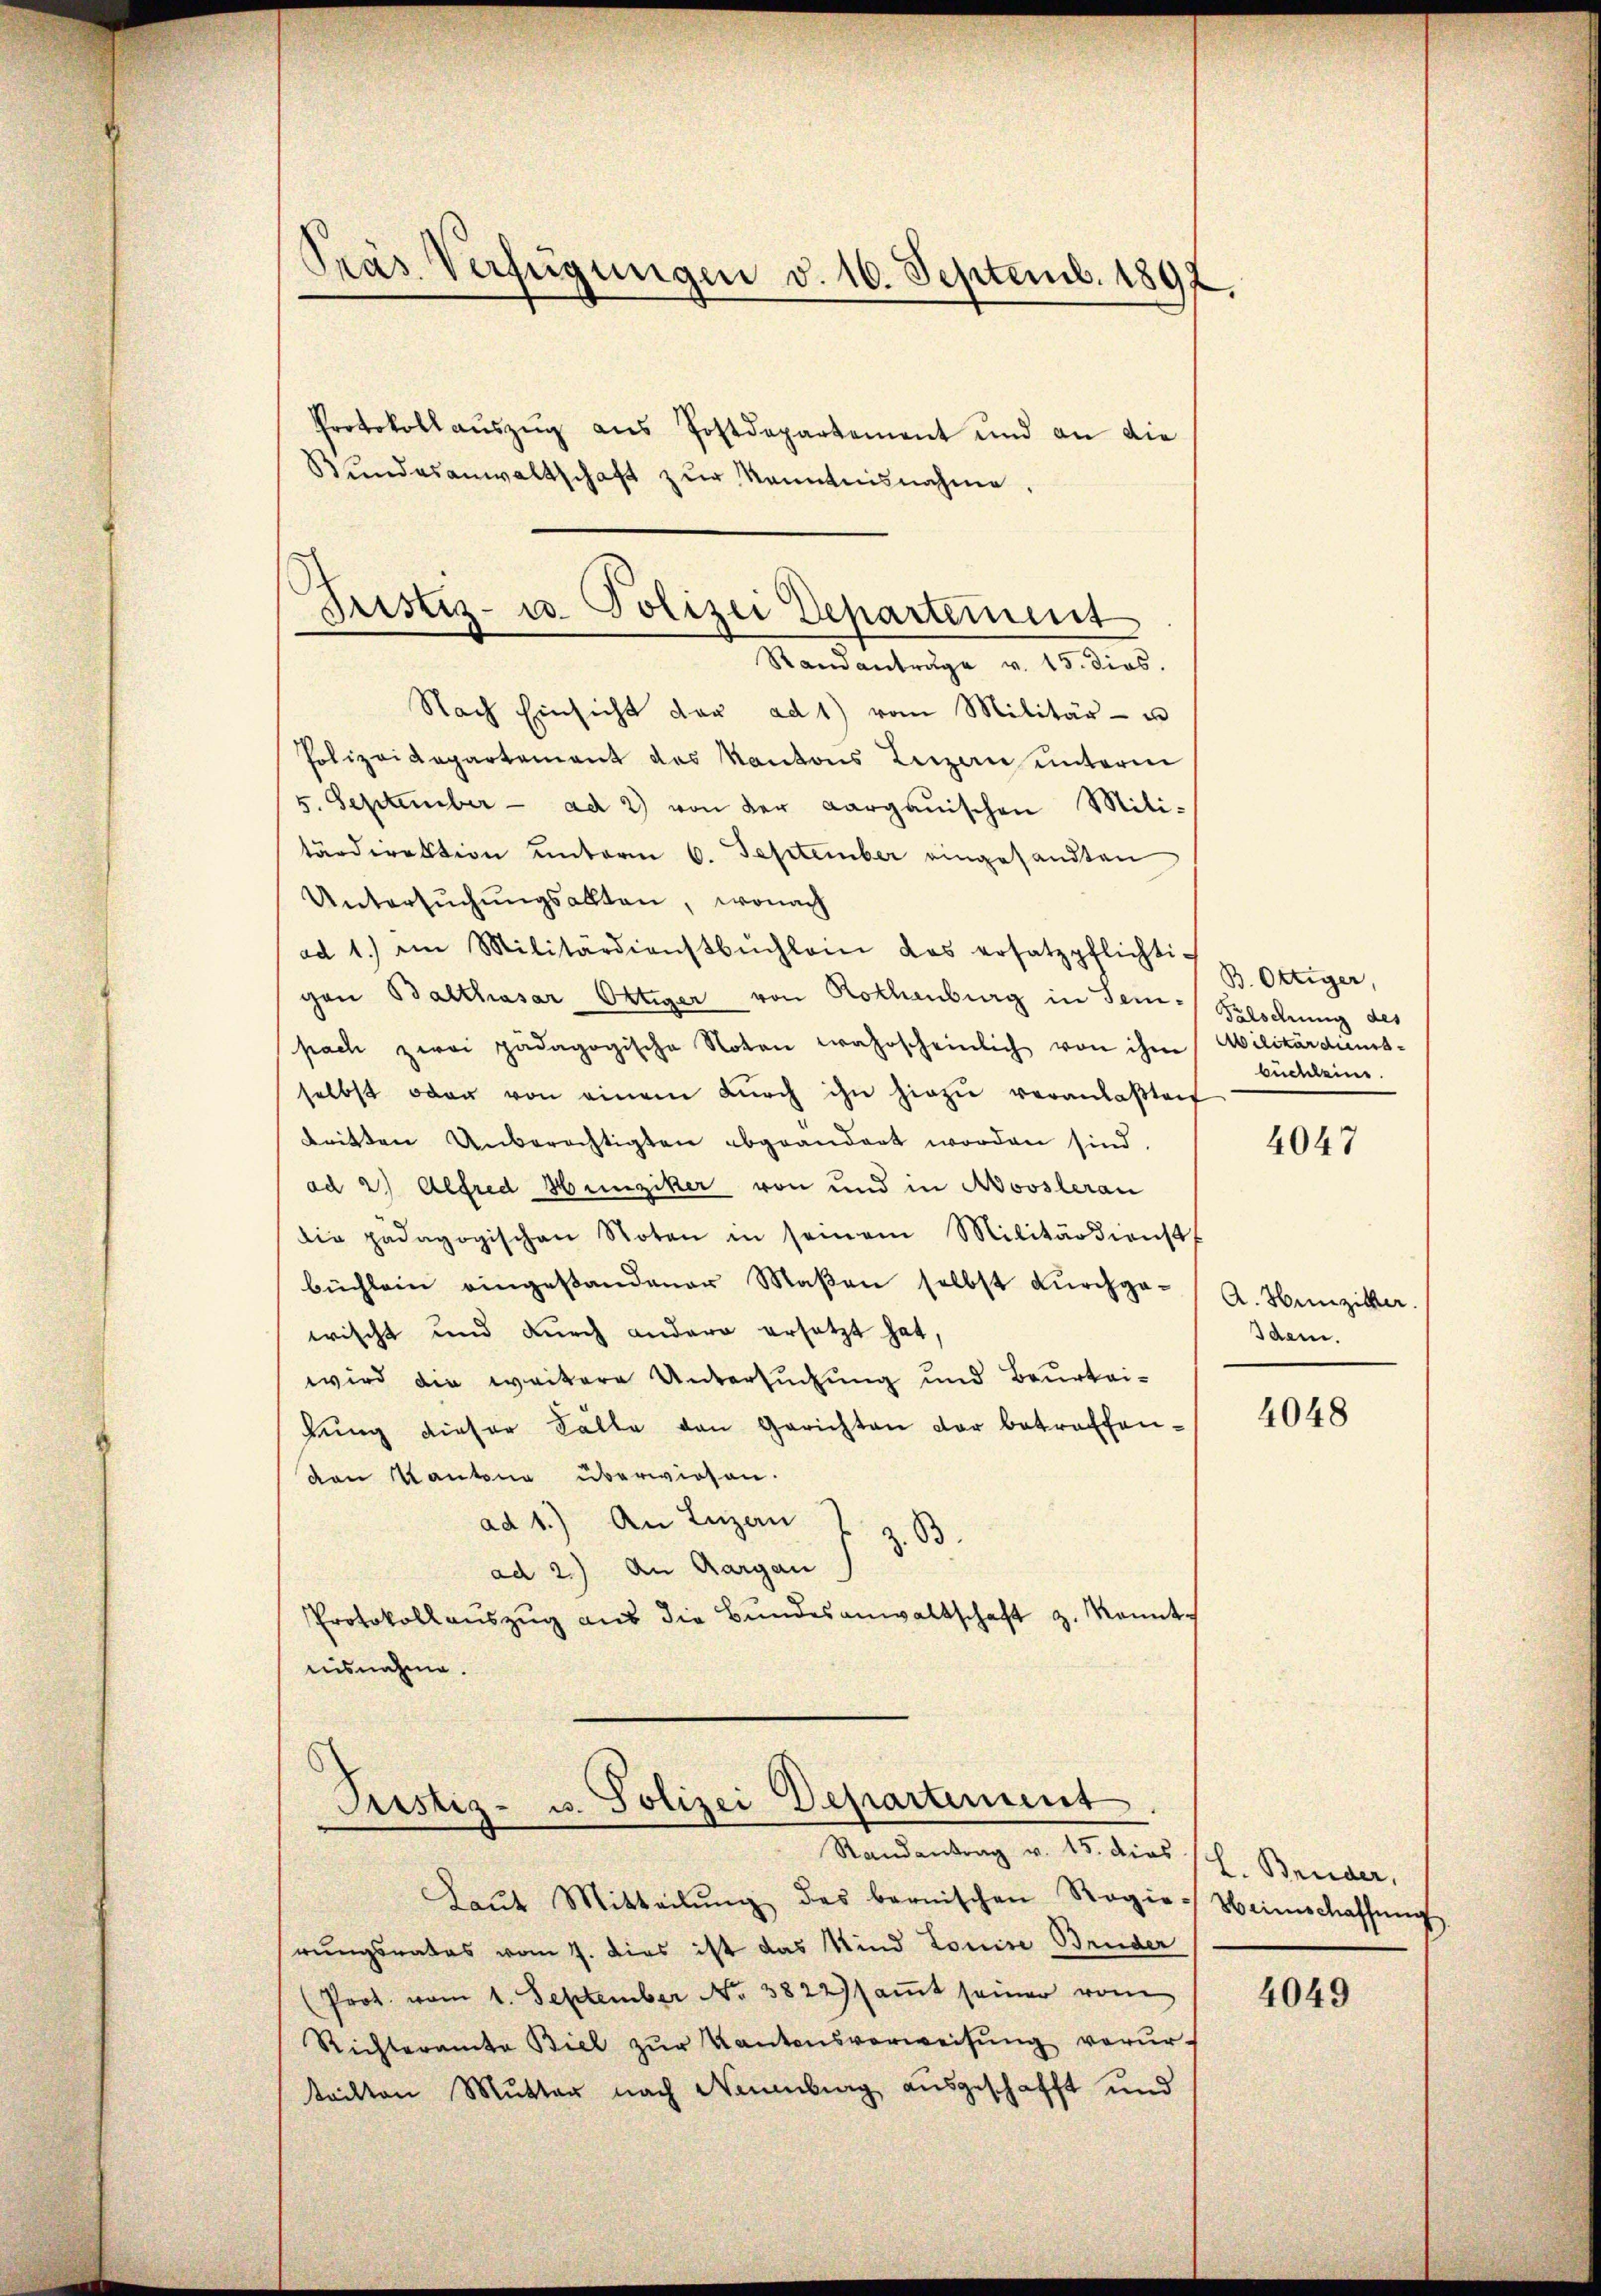
Präs. Verfügungen d. 16. Septemb. 1892.
Protokoll aŭszŭg aŭs Postdepartement und an die
Bundesanwaltschaft zur Kenntnisnahme,

Justiz- u. Polizei Departement
Standantrage v. 15. dies.

Nach Einsicht der ad 1) vom Militär- u
Polizeidepartement das Kantons Luzern unterm
5. September - ad 2) von der Aargauischen Miti-
tärdirektion unterm 6. September eingesandten
Untersŭchŭngsallten, wonach
ad 1.) im Militärdienstbuchlam das ersatzpflichtigen Balthasar Ottiger von Rothenburg in Tem-
pach zwai pädagogische Noten wahrscheinlich von ihm
selbst oder von einem dŭrch ihn hiezŭ veranlaβteif
dritten Unberechtigten abgeändert worden sind
ad 2. Alfred Hunziker von und in Novslerau
die pädagogischen Noten in seinem Militärdienstf
büchlein eingestandener Maßen selbst durchgewischt und durch andere ersetzt hat,
wird die weitere Untersuchung und Beurtei-
kung dieser Fälle den Gerichten der betreffenden Kantone überwiesen.
ad 1.) An Luzau
z. B
ad 2.) An Aargau
Protokollaŭszŭg aŭs die Bundesanwaltschaft z. konnt
aisnahme.

Justiz- u. Polizei Departement.
Randantrag v. 15. dies

Laŭt Mitteilŭng des bernischen Regie-
rungsrates vom 7. Dies ist das Kind Louise Bruder
(Prot. vom 1. September No. 3822) saṁt seiner vom
Richteramte Biel zŭr Kantonsverweisŭng verur-
tritten Mutter nach Neuenburg ausgeschafft und

B. Ottiger,
Falschung des
Militärdies
büchleine

4047

A. Hunziker.
Idem.

4048

L. Bruder,
beinschaffung

4049